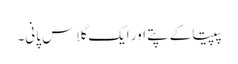
پپیتاکے پتے اور ایک گلاس پانی۔